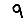
Digit: 9